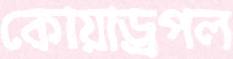
কোয়াড্রপল